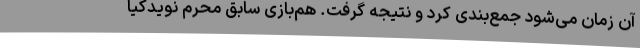
آن زمان می‌شود جمع‌بندی کرد و نتیجه گرفت. هم‌بازی سابق محرم نویدکیا